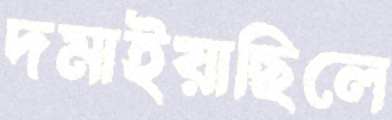
দমাইয়াছিলে